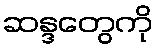
ဆန္ဒတွေကို